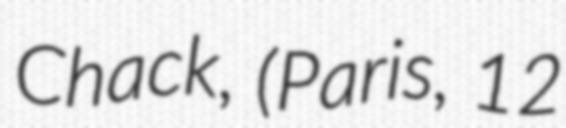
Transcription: Chack, (Paris, 12